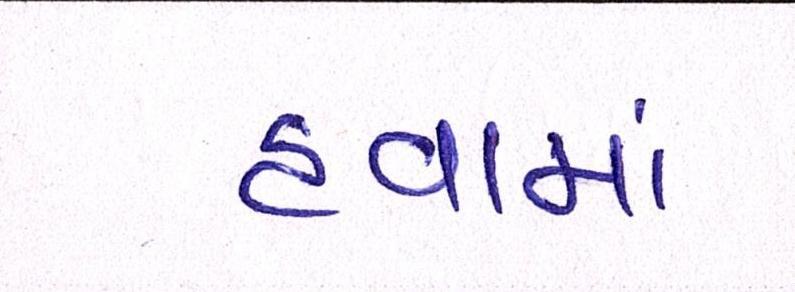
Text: હવામાં